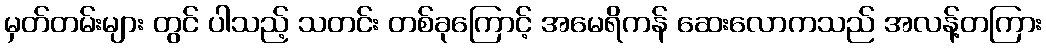
မှတ်တမ်းများ တွင် ပါသည့် သတင်း တစ်ခုကြောင့် အမေရိကန် ဆေးလောကသည် အလန့်တကြား